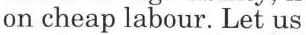
on cheap labour. Let us